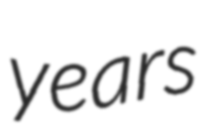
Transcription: years